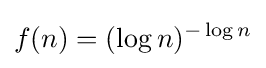
f(n)=(\log n)^{-\log n}